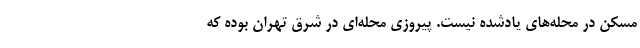
مسکن در محله‌های یادشده نیست. پیروزی محله‌ای در شرق تهران بوده که